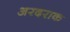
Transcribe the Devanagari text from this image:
अरदराक